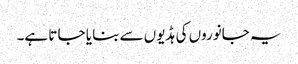
یہ جانوروں کی ہڈیوں سے بنا یا جا تا ہے۔